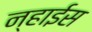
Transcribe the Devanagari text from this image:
न्हाईस